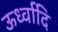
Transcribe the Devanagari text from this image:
ऊर्ध्वादि